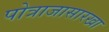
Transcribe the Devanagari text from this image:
पोत्राजासारखा